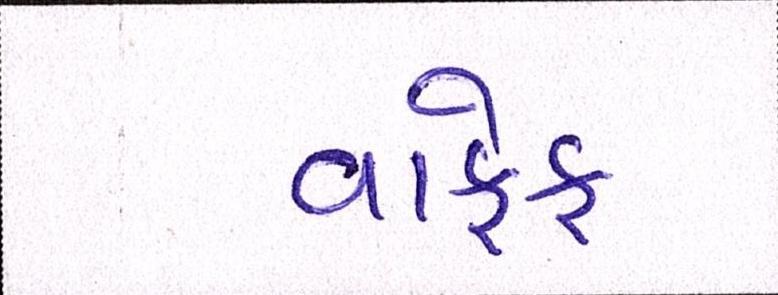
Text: વાકેફ